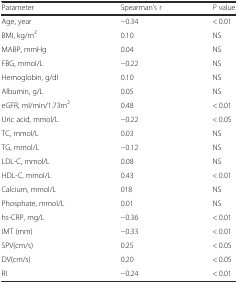
<table><thead><tr><td><b>Parameter</b></td><td><b>Spearman’s r</b></td><td><b><i>P</i> value</b></td></tr></thead><tbody><tr><td>Age, year</td><td>−0.34</td><td>&lt; 0.01</td></tr><tr><td>BMI, kg/m<sup>2</sup></td><td>0.10</td><td>NS</td></tr><tr><td>MABP, mmHg</td><td>0.04</td><td>NS</td></tr><tr><td>FBG, mmol/L</td><td>−0.22</td><td>NS</td></tr><tr><td>Hemoglobin, g/dl</td><td>0.10</td><td>NS</td></tr><tr><td>Albumin, g/L</td><td>0.05</td><td>NS</td></tr><tr><td>eGFR, ml/min/1.73m<sup>2</sup></td><td>0.48</td><td>&lt; 0.01</td></tr><tr><td>Uric acid, mmol/L</td><td>−0.22</td><td>&lt; 0.05</td></tr><tr><td>TC, mmol/L</td><td>0.03</td><td>NS</td></tr><tr><td>TG, mmol/L</td><td>−0.12</td><td>NS</td></tr><tr><td>LDL-C, mmol/L</td><td>0.08</td><td>NS</td></tr><tr><td>HDL-C, mmol/L</td><td>0.43</td><td>&lt; 0.01</td></tr><tr><td>Calcium, mmol/L</td><td>018</td><td>NS</td></tr><tr><td>Phosphate, mmol/L</td><td>0.01</td><td>NS</td></tr><tr><td>hs-CRP, mg/L</td><td>−0.36</td><td>&lt; 0.01</td></tr><tr><td>IMT (mm)</td><td>−0.33</td><td>&lt; 0.01</td></tr><tr><td>SPV(cm/s)</td><td>0.25</td><td>&lt; 0.05</td></tr><tr><td>DV(cm/s)</td><td>0.20</td><td>&lt; 0.05</td></tr><tr><td>RI</td><td>−0.24</td><td>&lt; 0.01</td></tr></tbody></table>